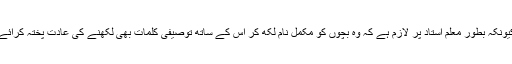
کیونکہ بطور معلم استاد پر لازم ہے کہ وہ بچوں کو مکمل نام لکھ کر اس کے ساتھ توصیفی کلمات بھی لکھنے کی عادت پختہ کرائے۔